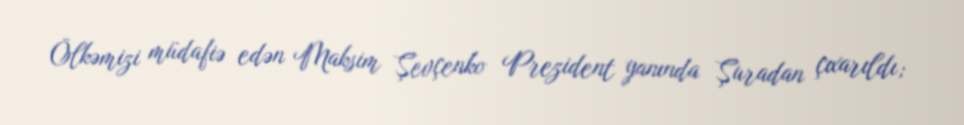
Ölkəmizi müdafiə edən Maksim Şevçenko Prezident yanında Şuradan çıxarıldı;